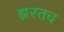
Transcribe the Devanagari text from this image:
झरतच